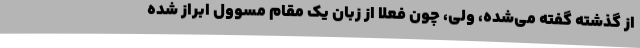
از گذشته گفته می‌شده، ولی، چون فعلا از زبان یک مقام مسوول ابراز شده